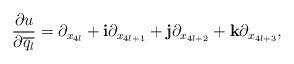
LaTeX: \begin{align*} \begin{aligned} \frac{\partial u}{\partial \overline{q_l}}=\partial_{x_{4l}}+\mathbf{i}\partial_{x_{4l+1}}+\mathbf{j}\partial_{x_{4l+2}}+\mathbf{k}\partial_{x_{4l+3}}, \end{aligned} \end{align*}